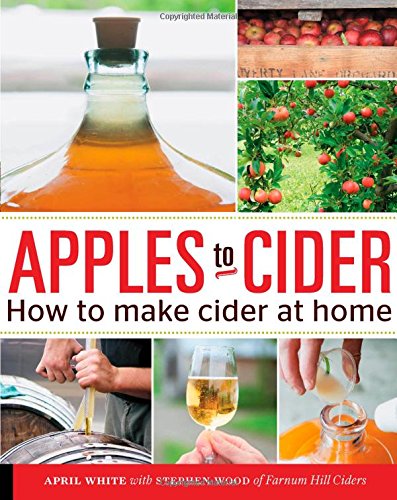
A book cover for Apples to Cider: How to Make Cider at Home; April White; Cookbooks, Food & Wine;